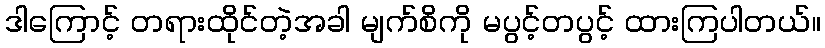
ဒါကြောင့် တရားထိုင်တဲ့အခါ မျက်စိကို မပွင့်တပွင့် ထားကြပါတယ်။